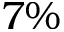
7 \%